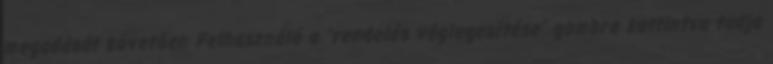
megadását követően Felhasználó a ”rendelés véglegesítése” gombra kattintva tudja